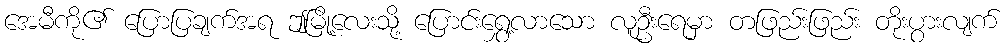
အေမီကို၏ ပြောပြချက်အရ ဤမြို့လေးသို့ ပြောင်းရွှေ့လာသော လူဦးရေမှာ တဖြည်းဖြည်း တိုးပွားလျက်